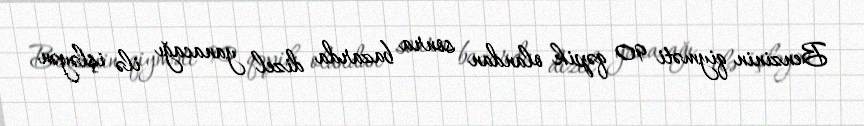
Benzinin qiyməti 90 qəpik olandan sonra bazarda dizel yanacağı ilə işləyən